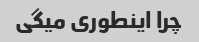
چرا اینطوری میگی